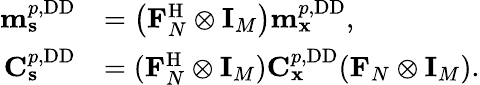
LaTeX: \begin{array}{rl}{\mathbf{m}_{\mathbf{s}}^{p,\mathrm{DD}}}&{=\left(\mathbf{F}_{N}^{\mathrm{H}}\otimes\mathbf{I}_{M}\right)\mathbf{m}_{\mathbf{x}}^{p,\mathrm{DD}},}\\ {\mathbf{C}_{\mathbf{s}}^{p,\mathrm{DD}}}&{=(\mathbf{F}_{N}^{\mathrm{H}}\otimes\mathbf{I}_{M})\mathbf{C}_{\mathbf{x}}^{p,\mathrm{DD}}(\mathbf{F}_{N}\otimes\mathbf{I}_{M}).}\end{array}